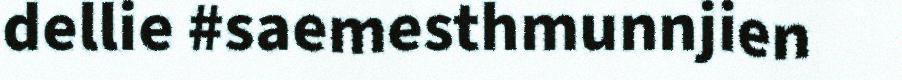
dellie #saemesthmunnjien